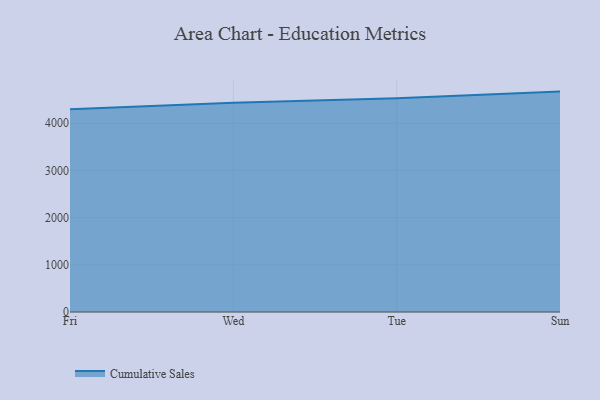
{"axis": {"x": "Day", "y": "Tickets Resolved"}, "legend": ["Cumulative Sales"], "data": [{"x": "Fri", "y": 4296.0, "type": "Cumulative Sales"}, {"x": "Wed", "y": 4436.4, "type": "Cumulative Sales"}, {"x": "Tue", "y": 4532.4, "type": "Cumulative Sales"}, {"x": "Sun", "y": 4670.9, "type": "Cumulative Sales"}]}